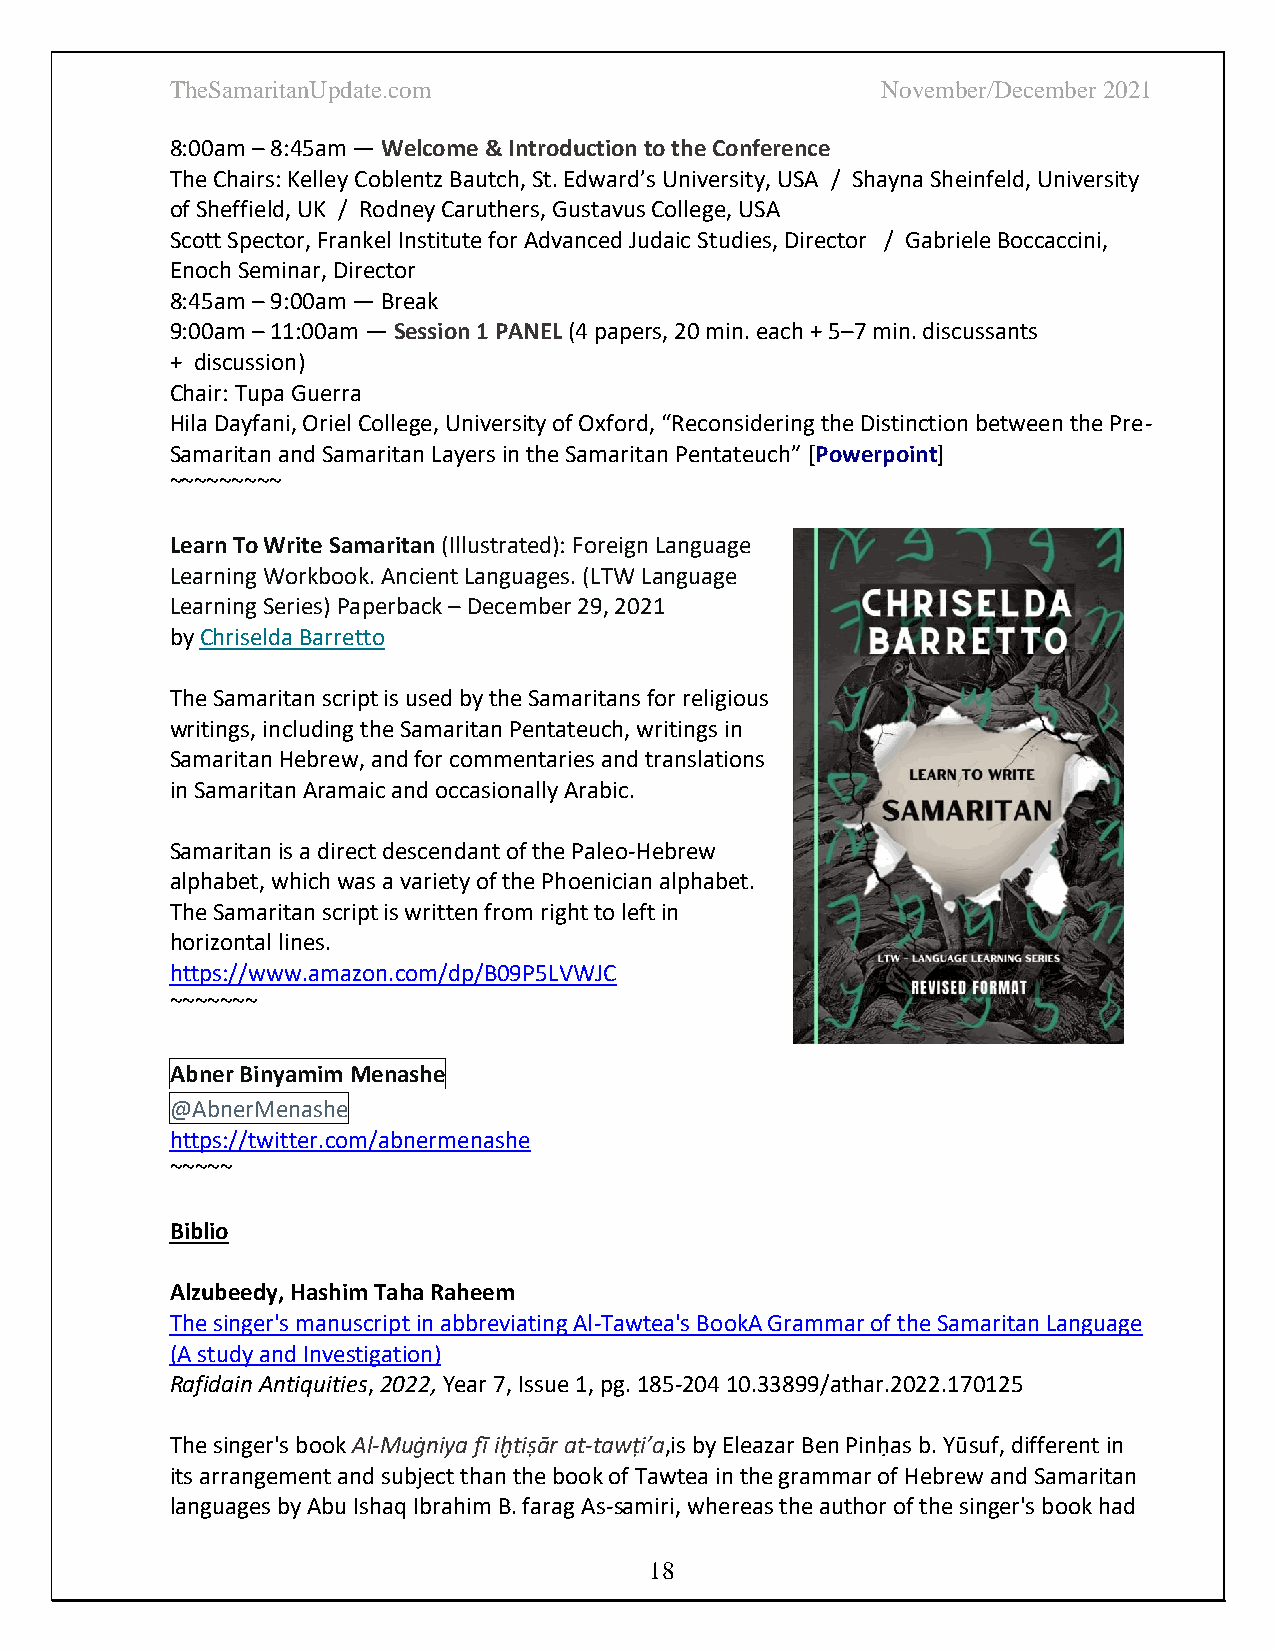
TheSamaritanUpdate.com                         November/December 2021
 8:00am – 8:45am — Welcome & Introduction to the Conference
 The Chairs: Kelley Coblentz Bautch, St. Edward’s University, USA / Shayna Sheinfeld, University
 of Sheffield, UK / Rodney Caruthers, Gustavus College, USA
 Scott Spector, Frankel Institute for Advanced Judaic Studies, Director / Gabriele Boccaccini,
 Enoch Seminar, Director
 8:45am – 9:00am — Break
 9:00am – 11:00am — Session 1 PANEL (4 papers, 20 min. each + 5–7 min. discussants
 + discussion)
 Chair: Tupa Guerra
 Hila Dayfani, Oriel College, University of Oxford, “Reconsidering the Distinction between the Pre-
 Samaritan and Samaritan Layers in the Samaritan Pentateuch” [Powerpoint]
 ~~~~~~~~~
 Learn To Write Samaritan (Illustrated): Foreign Language
 Learning Workbook. Ancient Languages. (LTW Language
 Learning Series) Paperback – December 29, 2021
 by Chriselda Barretto
 The Samaritan script is used by the Samaritans for religious
 writings, including the Samaritan Pentateuch, writings in
 Samaritan Hebrew, and for commentaries and translations
 in Samaritan Aramaic and occasionally Arabic.
 Samaritan is a direct descendant of the Paleo-Hebrew
 alphabet, which was a variety of the Phoenician alphabet.
 The Samaritan script is written from right to left in
 horizontal lines.
 https://www.amazon.com/dp/B09P5LVWJC
 ~~~~~~~
 Abner Binyamim Menashe
 @AbnerMenashe
 https://twitter.com/abnermenashe
 ~~~~~
 Biblio
 Alzubeedy, Hashim Taha Raheem
 The singer's manuscript in abbreviating Al-Tawtea's BookA Grammar of the Samaritan Language
 (A study and Investigation)
 Rafidain Antiquities, 2022, Year 7, Issue 1, pg. 185-204 10.33899/athar.2022.170125
 The singer's book Al-Muġniya fī iḫtiṣār at-tawṭi’a,is by Eleazar Ben Pinḥas b. Yūsuf, different in
 its arrangement and subject than the book of Tawtea in the grammar of Hebrew and Samaritan
 languages by Abu Ishaq Ibrahim B. farag As-samiri, whereas the author of the singer's book had
 18